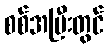
စစ်အပြီးတွင်